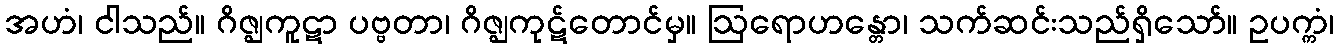
အဟံ၊ ငါသည်။ ဂိဇ္ဈကူဋာ ပဗ္ဗတာ၊ ဂိဇ္ဈကုဋ်တောင်မှ။ ဩရောဟန္တော၊ သက်ဆင်းသည်ရှိသော်။ ဥပက္ကံ၊